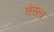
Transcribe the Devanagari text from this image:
तेस्त्व